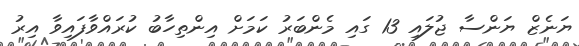
ޔަނެޒް ޔަންސާ ޖުލައި 13 ގައި މެންބަރު ކަމަަށް އިންތިހާބު ކުރައްވާފައިވާ އިރު